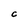
Character: C